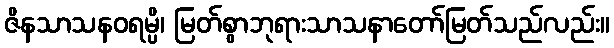
ဇိနသာသနဝရမ္ပိ၊ မြတ်စွာဘုရားသာသနာတော်မြတ်သည်လည်း။